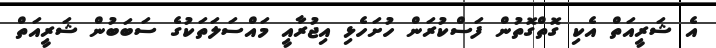
އެ ޝަރީއަތް އެކި ގޮތްގޮތުން ފަސްކުރަން ހުށަހެޅި އިޖުރާއީ މައްސަލަތަކުގެ ސަބަބުން ޝަރީއަތް